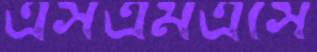
এসএমএসে